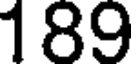
189